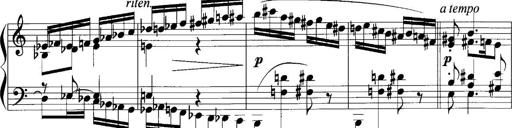
Title: Sonatina No.1
Composer: Otto Stoll
Key: C major